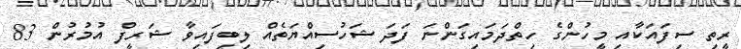
ރީތި ސިފައަކާއި މީހުންގެ ހިތްދަމައިގަންނަ ފަދަ ޝަހުސިއްޔަތެއް ލިބިފައިވާ ޝަރީފް އުމުރުން 83